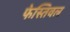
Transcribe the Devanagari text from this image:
फेस्तिवल